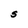
Character: S